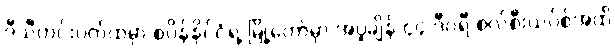
ဒီသီတင်းပတ်ထဲမှာ စပိန်နိုင်ငံရဲ့ မြို့တော်မှာ အပူချိန် ၄၄ ဒီဂရီ စဲလ်စီးယပ်စ်အထိ